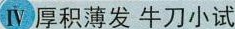
Ⅳ厚积薄发 牛刀小试